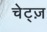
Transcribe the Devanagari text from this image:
चेट्ज़